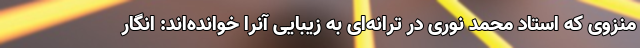
منزوی که استاد محمد نوری در ترانه‌ای به زیبایی آنرا خوانده‌اند: انگار